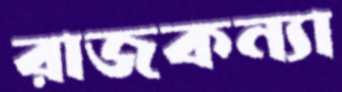
রাজকন্যা